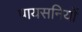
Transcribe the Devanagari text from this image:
पायसनियों